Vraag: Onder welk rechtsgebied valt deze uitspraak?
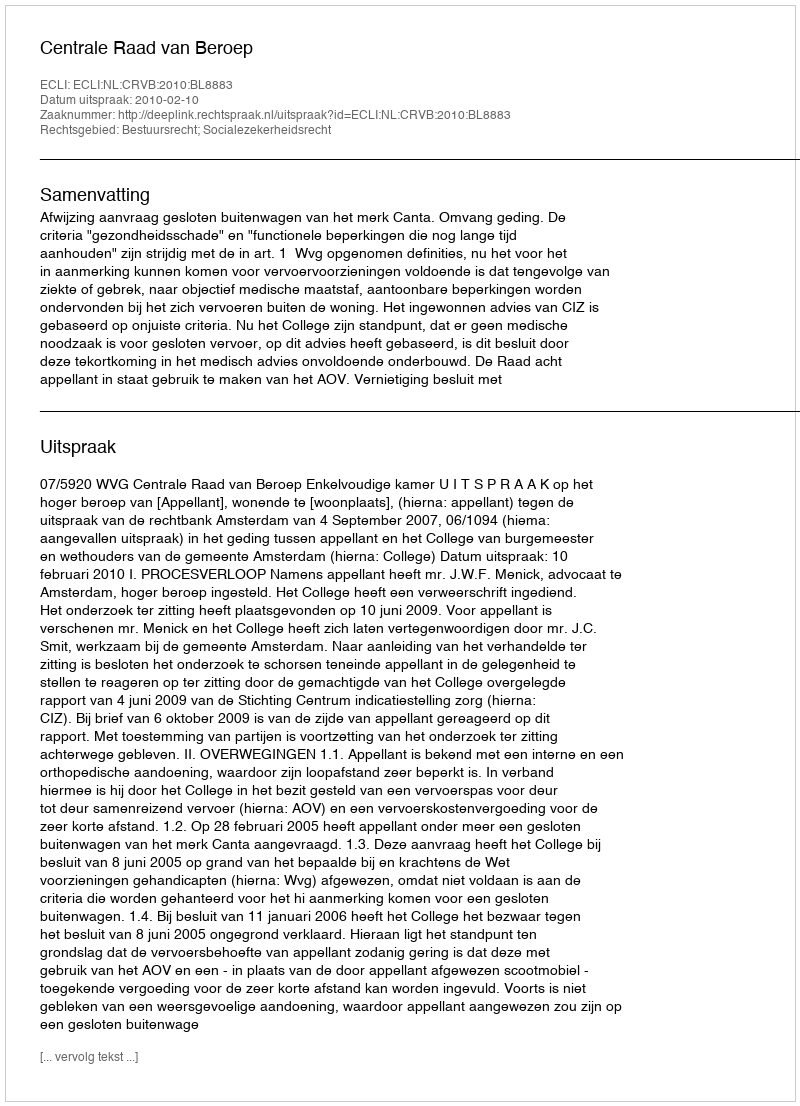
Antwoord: Bestuursrecht; Socialezekerheidsrecht